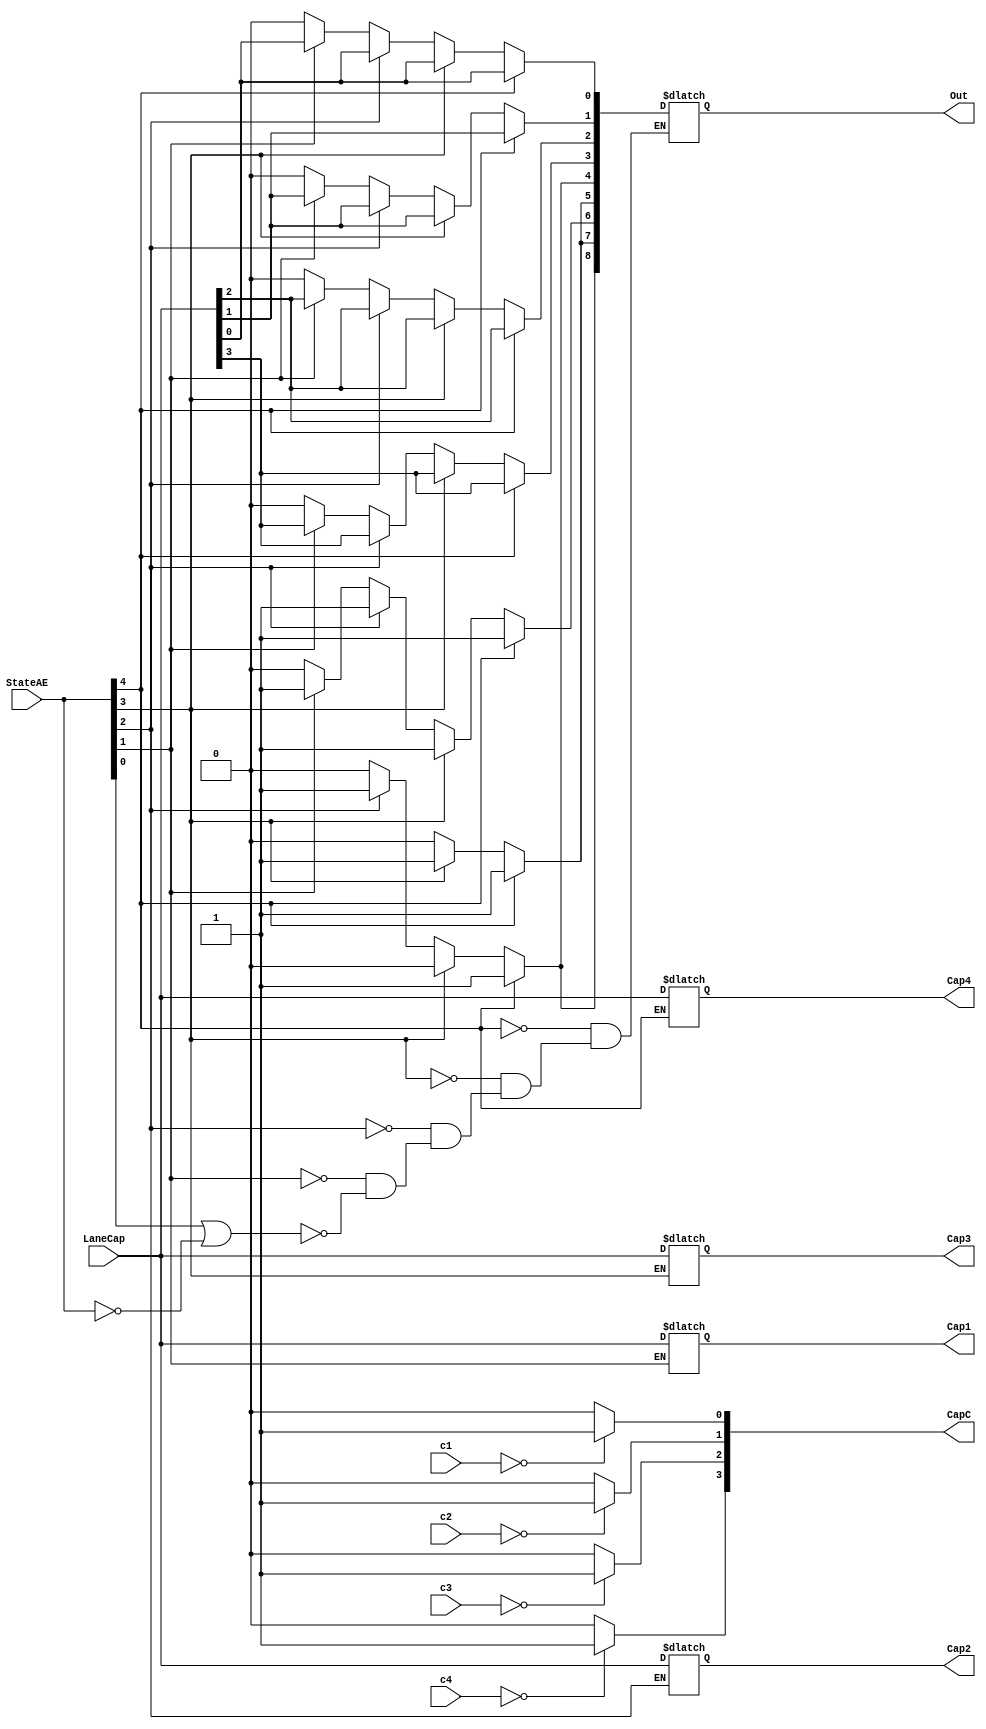
module LoadCapacities(LaneCap,StateAE,Out,c1,c2,c3,c4,Cap1,Cap2,Cap3,Cap4,CapC);
	input [3:0] LaneCap,c1,c2,c3,c4;
	input [4:0] StateAE;
	output [8:0] Out;
	output [3:0] Cap1,Cap2,Cap3,Cap4,CapC;
	reg [8:0] Out;
	reg [3:0] Cap1,Cap2,Cap3,Cap4,CapC;
	integer j=0;
	
	always @(*)begin
		if(c1==4'b0000)begin
			CapC[0]=1'b1;
		end
		else begin
			CapC[0]=1'b0;
		end
		if(c2==4'b0000)begin
			CapC[1]=1'b1;
		end
		else begin
			CapC[1]=1'b0;
		end
		if(c3==4'b0000)begin
			CapC[2]=1'b1;
		end
		else begin
			CapC[2]=1'b0;
		end
		if(c4==4'b0000)begin
			CapC[3]=1'b1;
		end
		else begin
			CapC[3]=1'b0;
		end
		if(StateAE[0]==1'b1 || StateAE==4'b0000)begin
			for(j=8;j>=0;j=j-1)begin
				Out[j]=1'b0;
			end
		end
		if(StateAE[1]==1'b1)begin
			for(j=0;j<4;j=j+1)begin
				Cap1[j] = LaneCap[j];
				Out[j] = LaneCap[j];
			end
			Out[8] = 1'b0;
			Out[7] = 1'b0;
			Out[6] = 1'b1;
			Out[5] = 1'b0;
			Out[4] = 1'b0;
		end
		if(StateAE[2]==1'b1)begin
			for(j=0;j<4;j=j+1)begin
				Cap2[j] = LaneCap[j];
				Out[j] = LaneCap[j];
			end
			Out[8] = 1'b1;
			Out[7] = 1'b0;
			Out[6] = 1'b1;
			Out[5] = 1'b0;
			Out[4] = 1'b1;
		end
		if(StateAE[3]==1'b1)begin
			for(j=0;j<4;j=j+1)begin
				Cap3[j] = LaneCap[j];
				Out[j] = LaneCap[j];
			end
			Out[8] = 1'b0;
			Out[7] = 1'b1;
			Out[6] = 1'b1;
			Out[5] = 1'b1;
			Out[4] = 1'b0;
		end
		if(StateAE[4]==1'b1)begin
			for(j=0;j<4;j=j+1)begin
				Cap4[j] = LaneCap[j];
				Out[j] = LaneCap[j];
			end
			Out[8] = 1'b1;
			Out[7] = 1'b1;
			Out[6] = 1'b1;
			Out[5] = 1'b1;
			Out[4] = 1'b1;
		end
	end
endmodule